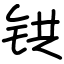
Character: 𫟹